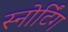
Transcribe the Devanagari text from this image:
स्नोर्टिंग